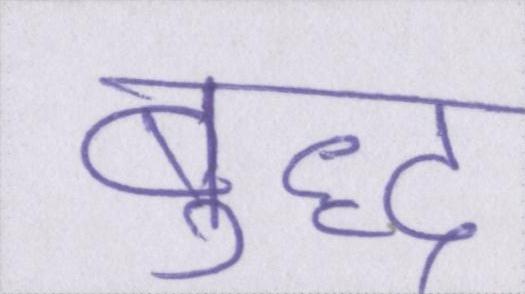
बुद्ध